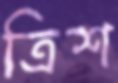
ত্রিশ